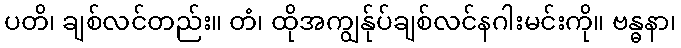
ပတိ၊ ချစ်လင်တည်း။ တံ၊ ထိုအကျွန်ုပ်ချစ်လင်နဂါးမင်းကို။ ဗန္ဓနာ၊